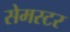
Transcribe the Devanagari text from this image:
सेमस्टर